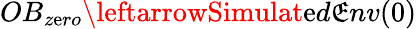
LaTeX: OB_{z\mathrm{e}ro}\leftarrowSimulat\mathrm{e}d\mathfrak{E}nv(0)